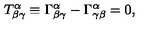
T _ { \beta \gamma } ^ { \alpha } \equiv \Gamma _ { \beta \gamma } ^ { \alpha } - \Gamma _ { \gamma \beta } ^ { \alpha } = 0 ,